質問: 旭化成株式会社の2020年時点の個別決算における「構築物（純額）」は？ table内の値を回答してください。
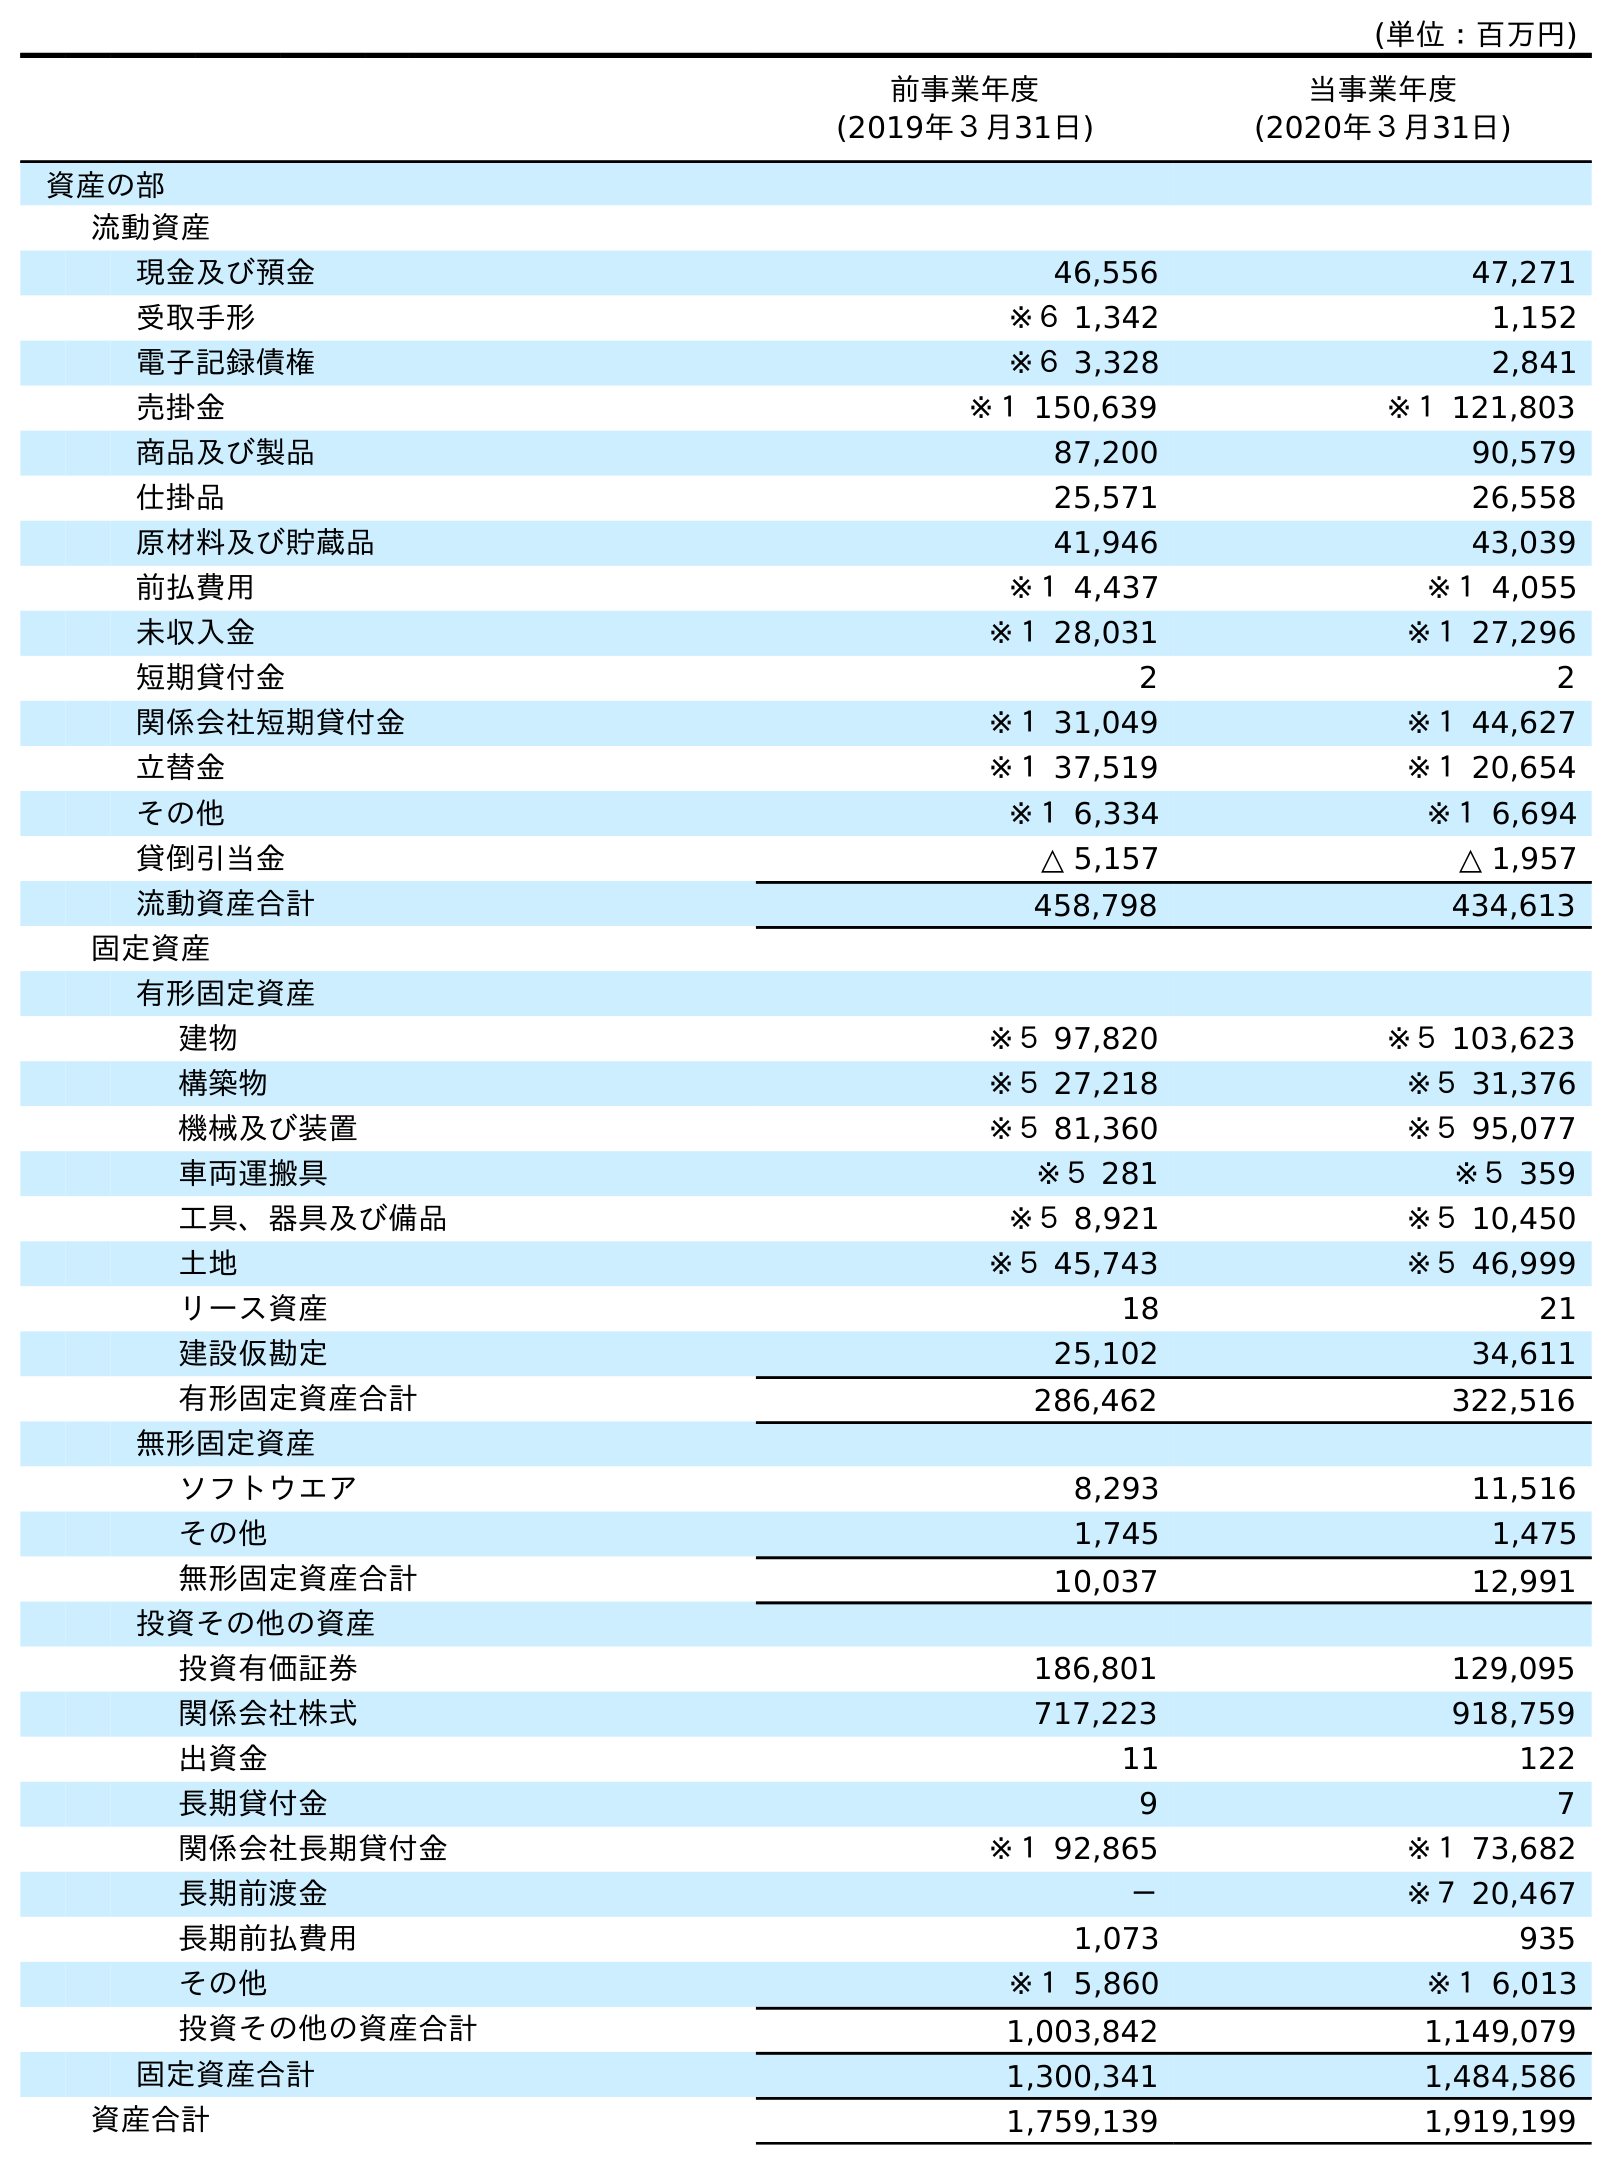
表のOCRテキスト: (単位：百万円) 前事業年度 (2019年３月31日) 当事業年度 (2020年３月31日) 資産の部 流動資産 現金及び預金 46,556 47,271 受取手形 ※６ 1,342 1,152 電子記録債権 ※６ 3,328 2,841 売掛金 ※１ 150,639 ※１ 121,803 商品及び製品 87,200 90,579 仕掛品 25,571 26,558 原材料及び貯蔵品 41,946 43,039 前払費用 ※１ 4,437 ※１ 4,055 未収入金 ※１ 28,031 ※１ 27,296 短期貸付金 2 2 関係会社短期貸付金 ※１ 31,049 ※１ 44,627 立替金 ※１ 37,519 ※１ 20,654 その他 ※１ 6,334 ※１ 6,694 貸倒引当金 △ 5,157 △ 1,957 流動資産合計 458,798 434,613 固定資産 有形固定資産 建物 ※５ 97,820 ※５ 103,623 構築物 ※５ 27,218 ※５ 31,376 機械及び装置 ※５ 81,360 ※５ 95,077 車両運搬具 ※５ 281 ※５ 359 工具、器具及び備品 ※５ 8,921 ※５ 10,450 土地 ※５ 45,743 ※５ 46,999 リース資産 18 21 建設仮勘定 25,102 34,611 有形固定資産合計 286,462 322,516 無形固定資産 ソフトウエア 8,293 11,516 その他 1,745 1,475 無形固定資産合計 10,037 12,991 投資その他の資産 投資有価証券 186,801 129,095 関係会社株式 717,223 918,759 出資金 11 122 長期貸付金 9 7 関係会社長期貸付金 ※１ 92,865 ※１ 73,682 長期前渡金 － ※７ 20,467 長期前払費用 1,073 935 その他 ※１ 5,860 ※１ 6,013 投資その他の資産合計 1,003,842 1,149,079 固定資産合計 1,300,341 1,484,586 資産合計 1,759,139 1,919,199
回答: ※５31,376